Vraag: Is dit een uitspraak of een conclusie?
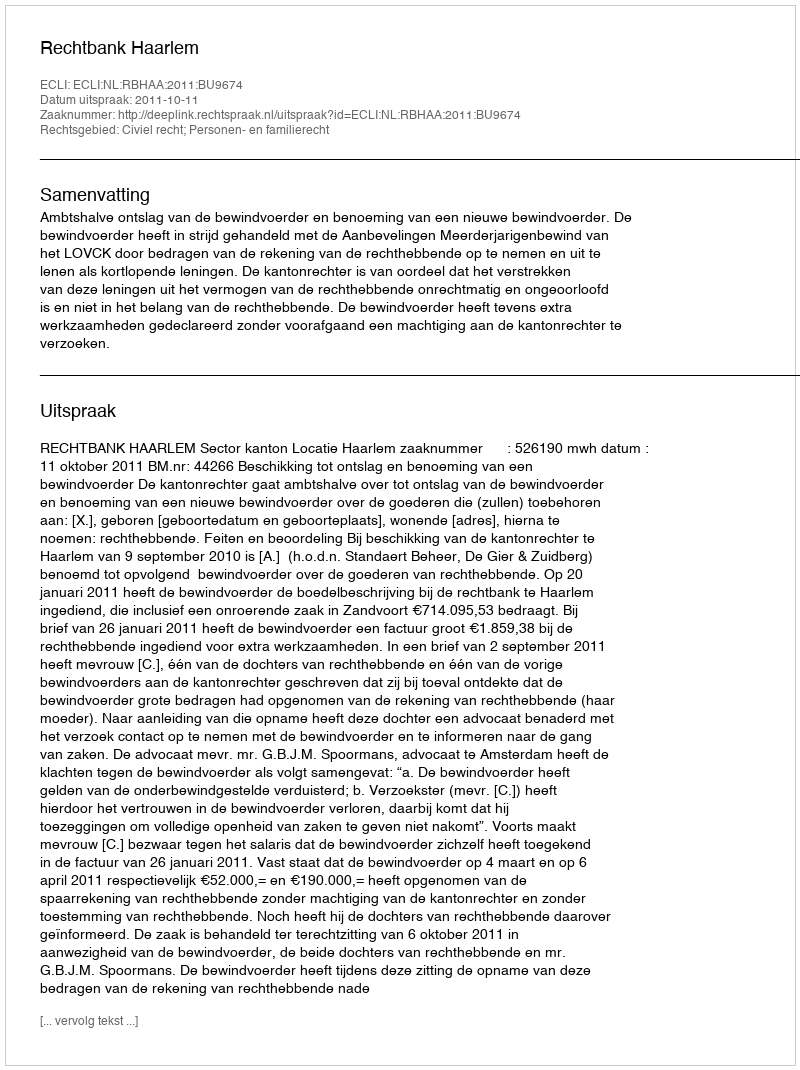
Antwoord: Uitspraak